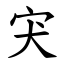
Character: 宊